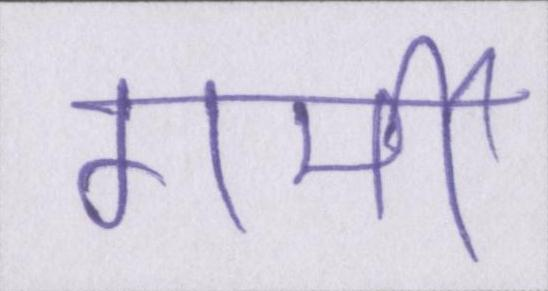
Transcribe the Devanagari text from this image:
गर्मी